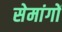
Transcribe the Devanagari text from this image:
सेमांगों